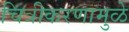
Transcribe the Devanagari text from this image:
चित्रीकरणामुळे